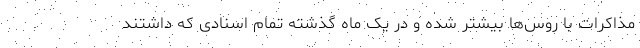
مذاکرات با روس‌ها بیشتر شده و در یک ماه گذشته تمام اسنادی که داشتند